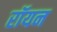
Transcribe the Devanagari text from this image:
रॉयन